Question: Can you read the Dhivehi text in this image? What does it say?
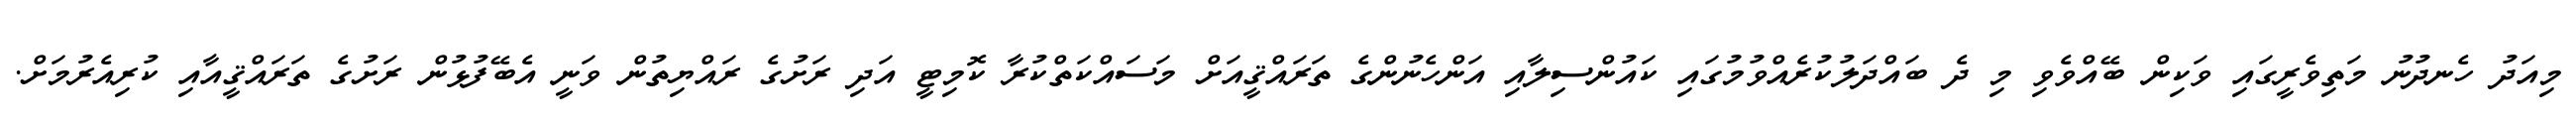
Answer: މިއަދު ހެނދުނު މަތިވެރީގައި ވަކިން ބޭއްވެވި މި ދެ ބައްދަލުކުރެއްވުމުގައި ކައުންސިލާއި އަންހެނުންގެ ތަރައްޤީއަށް މަސައްކަތްކުރާ ކޮމިޓީ އަދި ރަށުގެ ރައްޔިތުން ވަނީ އެބޭފުޅުން ރަށުގެ ތަރައްޤީއާއި ކުރިއެރުމަށް.